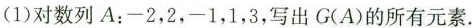
(1)对数列A：-2，2，-1，1，3，写出G(A)的所有元素。